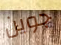
جوين